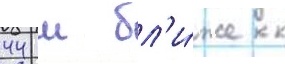
44 м бл'и́же к